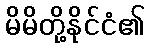
မိမိတို့နိုင်ငံ၏